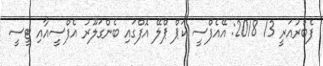
ފެބްރުއަރީ 13 2018: އޭއެފްސީ ކަޕް ޕްލޭ އޮފްގައި ބެންގަލޫރު އެފްސީއާއި ޓީސީ